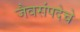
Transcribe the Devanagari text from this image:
जैवसंपदेचे